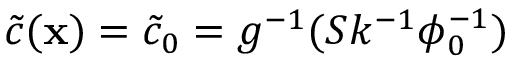
\tilde { c } ( \mathbf { x } ) = \tilde { c } _ { 0 } = g ^ { - 1 } ( S k ^ { - 1 } \phi _ { 0 } ^ { - 1 } )